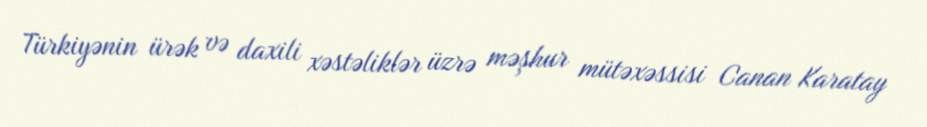
Türkiyənin ürək və daxili xəstəliklər üzrə məşhur mütəxəssisi Canan Karatay